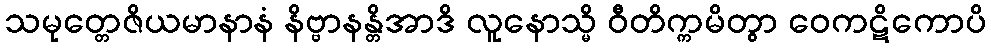
သမုတ္တေဇိယမာနာနံ နိဗ္ဗာနန္တိအာဒိ လူနောသ္မိ ဝီတိက္ကမိတွာ ဝေကဋိကောပိ